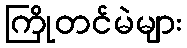
ကြိုတင်မဲများ